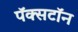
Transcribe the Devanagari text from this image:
पॅक्सटॉन